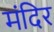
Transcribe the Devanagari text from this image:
मंदिर